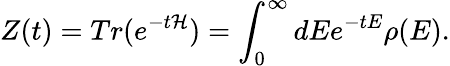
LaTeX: Z(t)=Tr(e^{-t\mathcal{H}})=\int_{0}^{\infty}dEe^{-tE}\rho(E).